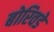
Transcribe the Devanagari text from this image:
बोरिवडे